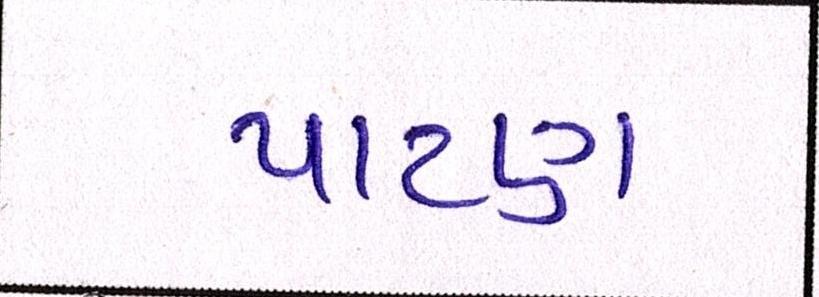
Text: પાટણ